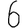
Digit: 6